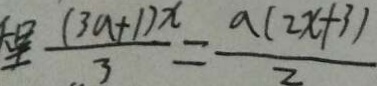
\frac { ( 3 a + 1 ) x } { 3 } = \frac { a ( 2 x + 3 ) } { 2 }